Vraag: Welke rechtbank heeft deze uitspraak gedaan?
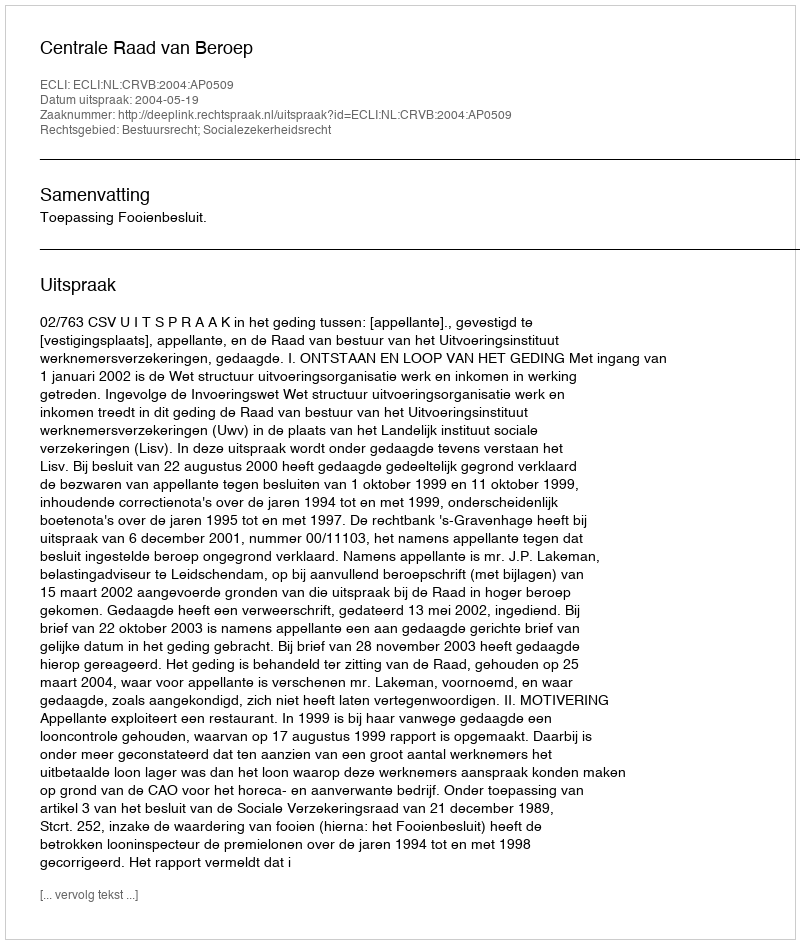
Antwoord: Centrale Raad van Beroep